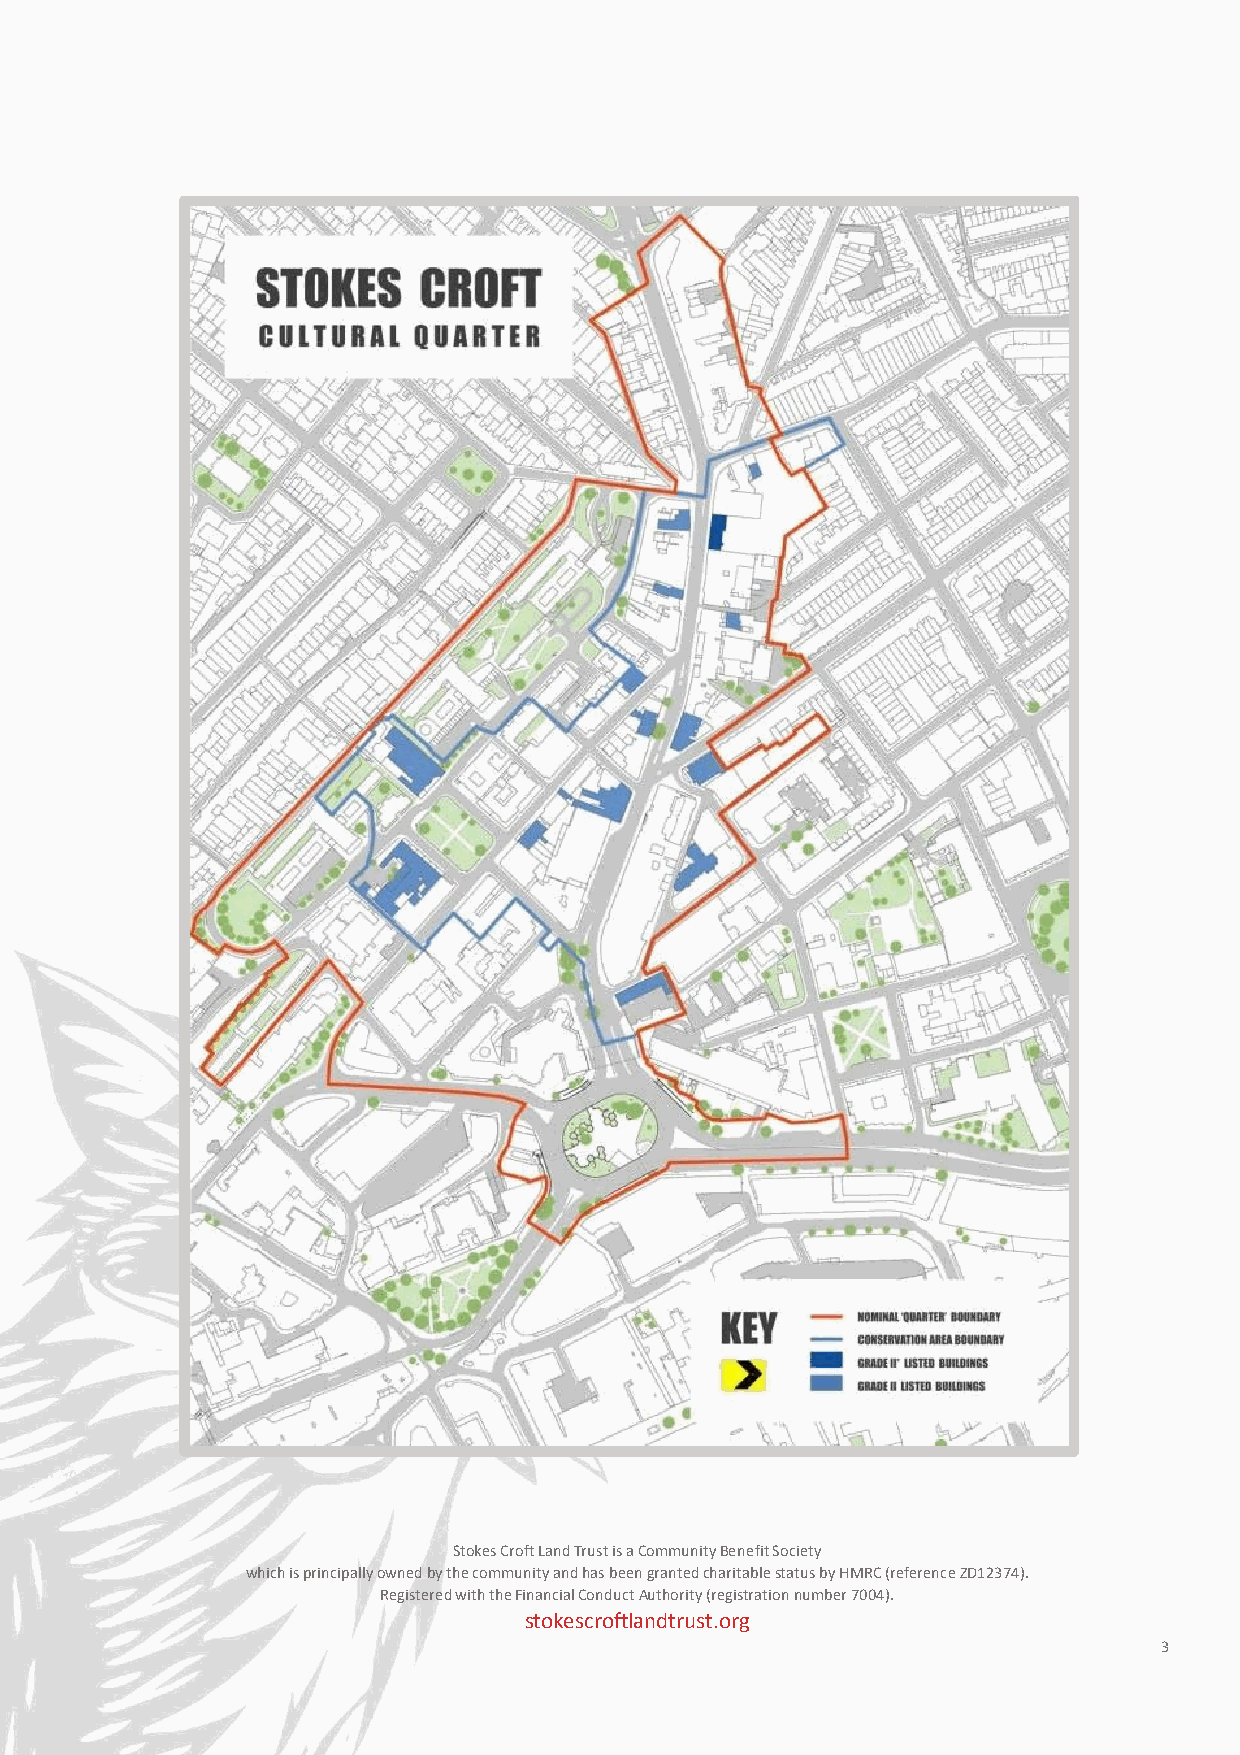
Stokes Croft Land Trust is a Community Benefit Society
 which is principally owned by the community and has been granted charitable status by HMRC (reference ZD12374).
 Registered with the Financial Conduct Authority (registration number 7004).
 stokescroftlandtrust.org
 3